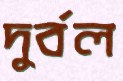
দুর্বল